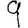
Digit: 9